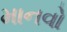
માનવો